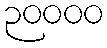
၃၀၀၀၀